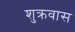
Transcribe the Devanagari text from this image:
शुक्रवास